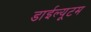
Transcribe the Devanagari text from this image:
डाईल्यूटम